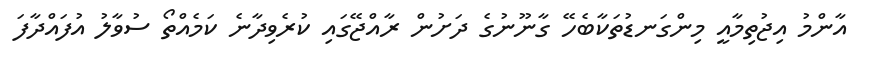
އާންމު އިޖުތިމާއީ މިންގަނޑުތަކާބެހޭ ގާނޫނުގެ ދަށުން ރާއްޖޭގައި ކުރެވިދާނެ ކަމެއްތޯ ސުވާލު އުފައްދާފަ